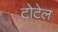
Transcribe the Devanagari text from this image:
टोटेल